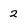
Character: 2